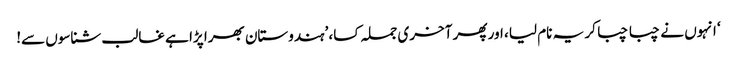
‘ انہوں نے چبا چبا کر یہ نام لیا، اور پھر آخری جملہ کسا، ’ہندوستان بھرا پڑا ہے غالب شناسوں سے!